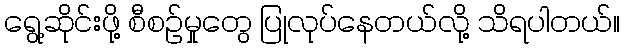
ရွေ့ဆိုင်းဖို့ စီစဉ်မှုတွေ ပြုလုပ်နေတယ်လို့ သိရပါတယ်။